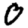
Digit: 0